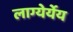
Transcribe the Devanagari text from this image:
लाग्येर्येय